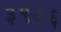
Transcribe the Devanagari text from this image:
३९८६